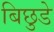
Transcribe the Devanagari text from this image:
बिछुडे